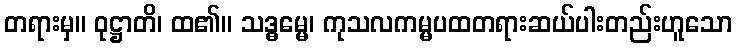
တရားမှ။ ဝုဋ္ဌာတိ၊ ထ၏။ သဒ္ဓမ္မေ၊ ကုသလကမ္မပထတရားဆယ်ပါးတည်းဟူသော